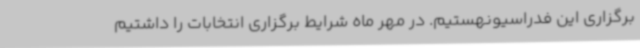
برگزاری این فدراسیونهستیم. در مهر ماه شرایط برگزاری انتخابات را داشتیم